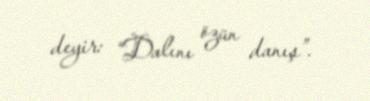
deyir: “Dalını özün danış”.